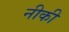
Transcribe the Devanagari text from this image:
नीकी